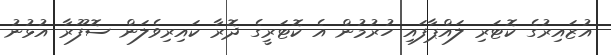
އުޒައިރުގެ ކޮޓަރި ލައްޕާފައި ހުރުމުން އެ ކޮޓަރީގެ ދޮރާ ކައިރިވެލަން ސޮފޫރާ އުޅުނު